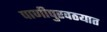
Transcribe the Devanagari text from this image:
पाणीपुरवठयात